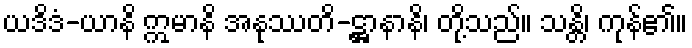
ယဒိဒံ-ယာနိ ဣမာနိ အနုဿတိ-ဋ္ဌာနာနိ၊ တို့သည်။ သန္တိ၊ ကုန်၏။